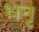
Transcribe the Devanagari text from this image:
धनृ